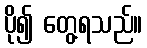
ပို၍ တွေ့ရသည်။